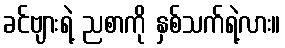
ခင်ဗျားရဲ့ ညစာကို နှစ်သက်ရဲ့လား။